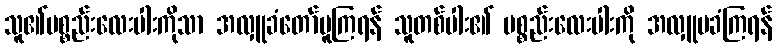
သူ၏ပစ္စည်းလေးပါးကိုသာ အလှူခံတော်မူကြရန် သူတစ်ပါး၏ ပစ္စည်းလေးပါးကို အလှူမခံကြရန်